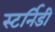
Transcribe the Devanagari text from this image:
स्टर्निडी